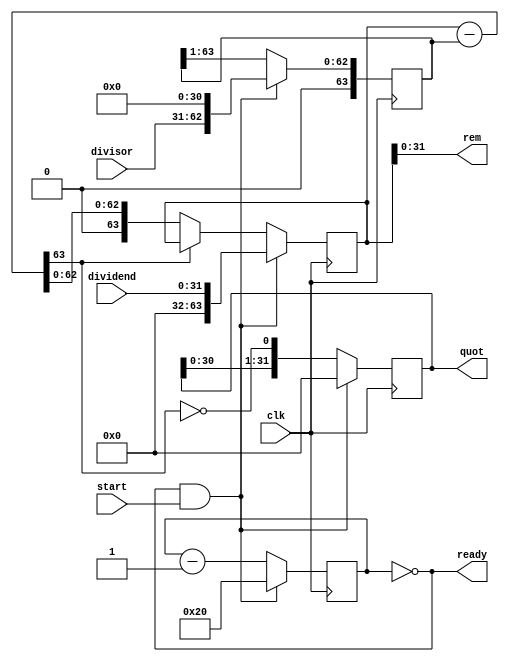
module div_32b (dividend, divisor, start, clk, quot, rem, ready);

input [31:0] dividend;
input [31:0] divisor;
input start, clk;
 
output [31:0] quot;
output [31:0] rem;
output ready;

reg [31:0] quot;
reg [63:0] dividendcopy, divisorcopy, diff;
wire [31:0] rem = dividendcopy[31:0];
reg [32:0] bit;
wire ready = !bit;

initial bit = 0;

always @(posedge clk)
begin
	if(ready&&start) begin
		bit = 32;
		quot = 0;
		dividendcopy = {32'd0,dividend};
		divisorcopy = {1'b0,divisor,31'd0};
	end 
	else begin
		diff = dividendcopy - divisorcopy;
        	quot = { quot[30:0], ~diff[63] };
        	divisorcopy = { 1'b0, divisorcopy[63:1] };
        	if ( !diff[63] ) dividendcopy = diff;
        	bit = bit - 1;
	end
end
endmodule